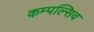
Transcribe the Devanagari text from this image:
कम्पल्सिव